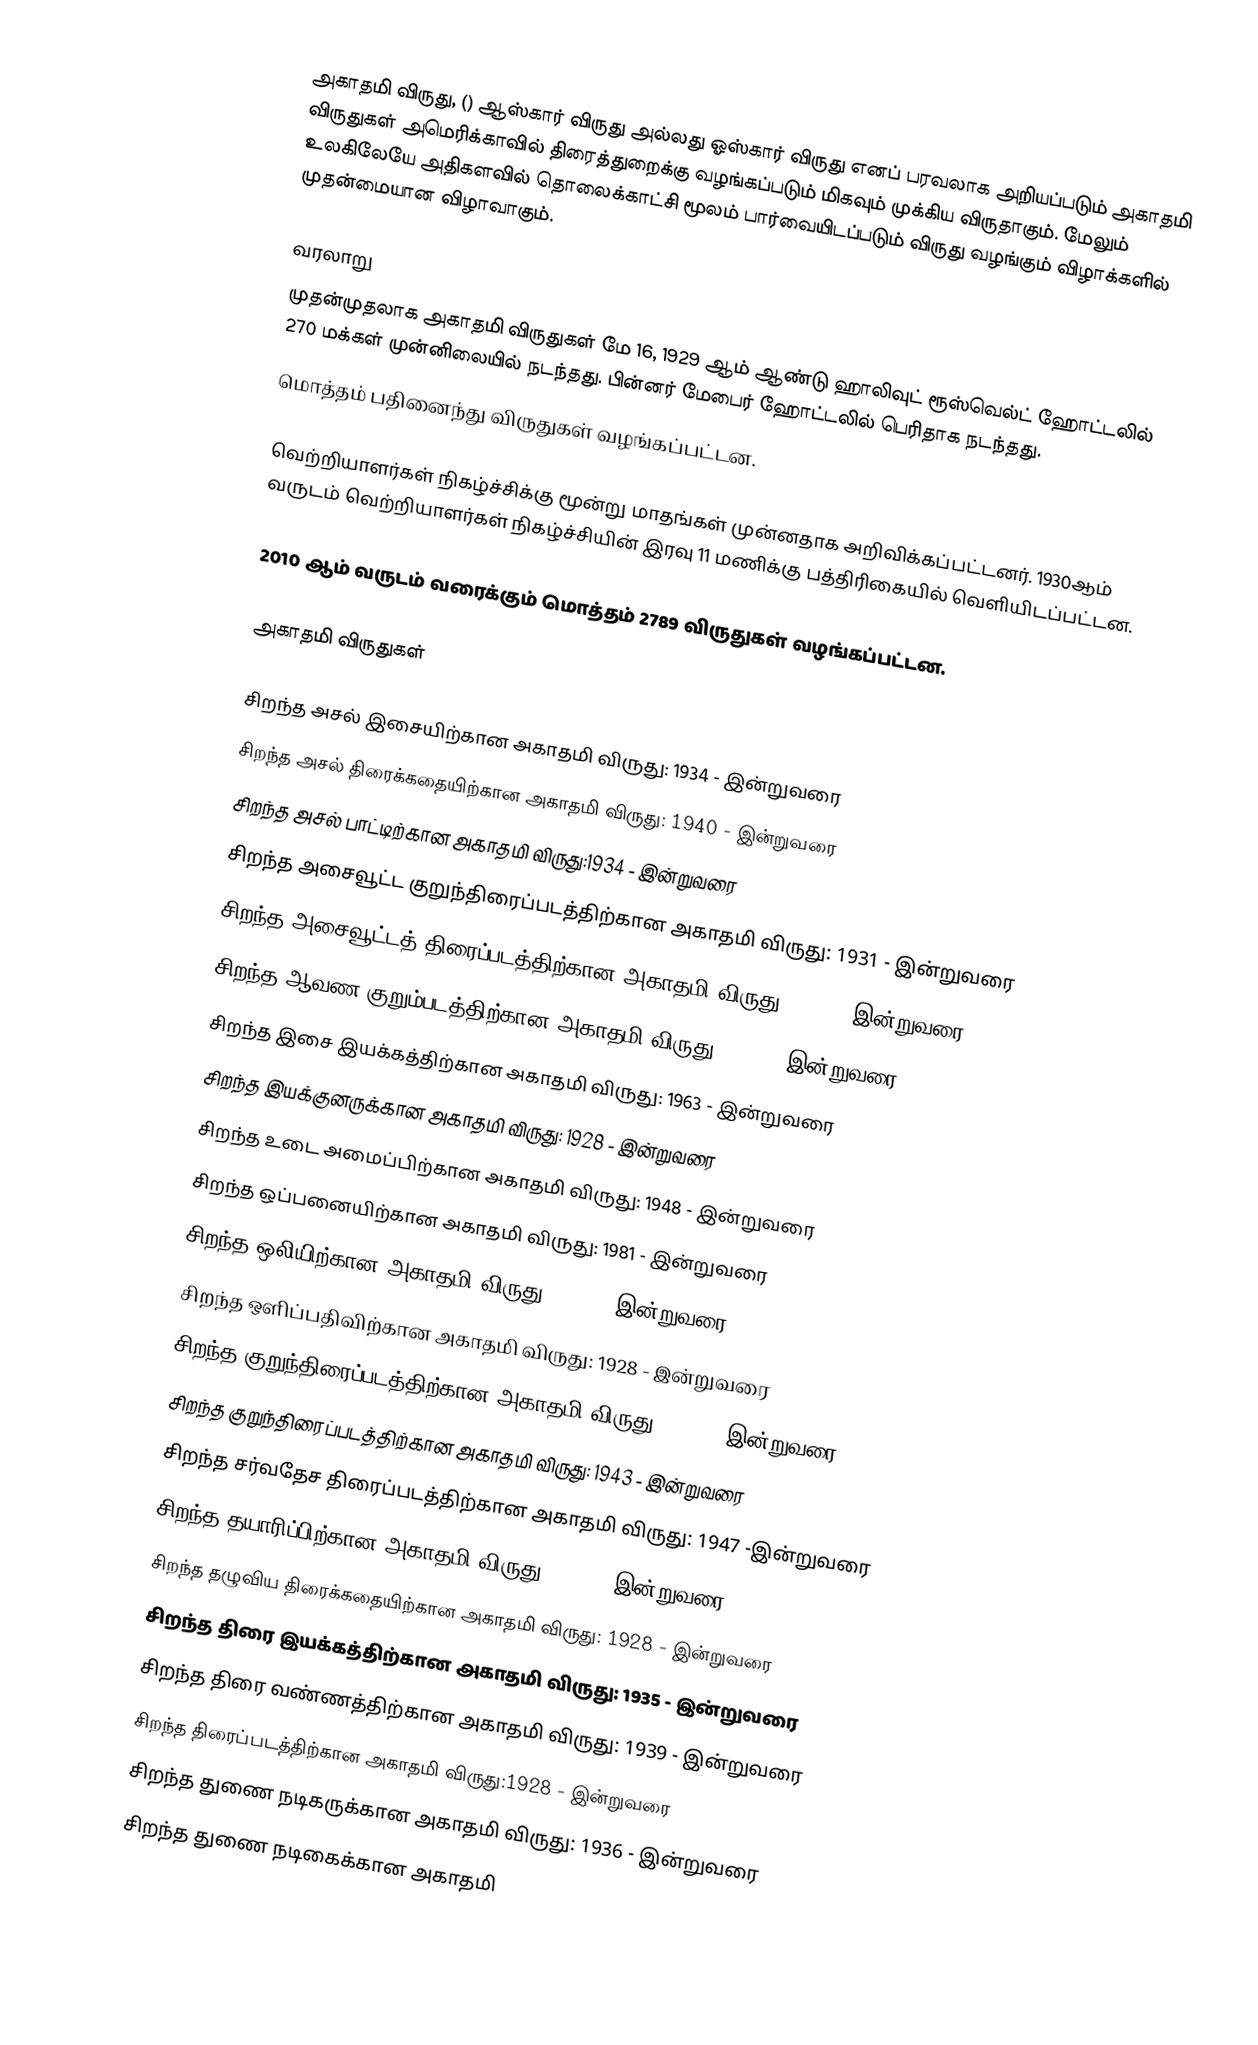
அகாதமி விருது, () ஆஸ்கார் விருது அல்லது ஓஸ்கார் விருது எனப் பரவலாக அறியப்படும் அகாதமி விருதுகள் அமெரிக்காவில் திரைத்துறைக்கு வழங்கப்படும் மிகவும் முக்கிய விருதாகும். மேலும் உலகிலேயே அதிகளவில் தொலைக்காட்சி மூலம் பார்வையிடப்படும் விருது வழங்கும் விழாக்களில் முதன்மையான விழாவாகும்.

வரலாறு
முதன்முதலாக அகாதமி விருதுகள் மே 16, 1929 ஆம் ஆண்டு ஹாலிவுட் ரூஸ்வெல்ட் ஹோட்டலில் 270 மக்கள் முன்னிலையில் நடந்தது. பின்னர் மேபைர் ஹோட்டலில் பெரிதாக நடந்தது.
மொத்தம் பதினைந்து விருதுகள் வழங்கப்பட்டன.

வெற்றியாளர்கள் நிகழ்ச்சிக்கு மூன்று மாதங்கள் முன்னதாக அறிவிக்கப்பட்டனர். 1930ஆம் வருடம் வெற்றியாளர்கள் நிகழ்ச்சியின் இரவு 11 மணிக்கு பத்திரிகையில் வெளியிடப்பட்டன.

2010 ஆம் வருடம் வரைக்கும் மொத்தம் 2789 விருதுகள் வழங்கப்பட்டன.

அகாதமி விருதுகள்

 சிறந்த அசல் இசையிற்கான அகாதமி விருது: 1934 - இன்றுவரை
 சிறந்த அசல் திரைக்கதையிற்கான அகாதமி விருது: 1940 - இன்றுவரை
 சிறந்த அசல் பாட்டிற்கான அகாதமி விருது:1934 - இன்றுவரை
 சிறந்த அசைவூட்ட குறுந்திரைப்படத்திற்கான அகாதமி விருது: 1931 - இன்றுவரை
 சிறந்த அசைவூட்டத் திரைப்படத்திற்கான அகாதமி விருது: 2001 - இன்றுவரை
 சிறந்த ஆவண குறும்படத்திற்கான அகாதமி விருது: 1941 - இன்றுவரை
 சிறந்த இசை இயக்கத்திற்கான அகாதமி விருது: 1963 - இன்றுவரை
 சிறந்த இயக்குனருக்கான அகாதமி விருது: 1928 - இன்றுவரை
 சிறந்த உடை அமைப்பிற்கான அகாதமி விருது: 1948 - இன்றுவரை
 சிறந்த ஒப்பனையிற்கான அகாதமி விருது: 1981 - இன்றுவரை
 சிறந்த ஒலியிற்கான அகாதமி விருது: 1930 - இன்றுவரை
 சிறந்த ஒளிப்பதிவிற்கான அகாதமி விருது: 1928 - இன்றுவரை
 சிறந்த குறுந்திரைப்படத்திற்கான அகாதமி விருது: 1931 - இன்றுவரை
 சிறந்த குறுந்திரைப்படத்திற்கான அகாதமி விருது: 1943 - இன்றுவரை
 சிறந்த சர்வதேச திரைப்படத்திற்கான அகாதமி விருது: 1947 -இன்றுவரை
 சிறந்த தயாரிப்பிற்கான அகாதமி விருது: 1928 - இன்றுவரை
 சிறந்த தழுவிய திரைக்கதையிற்கான அகாதமி விருது: 1928 - இன்றுவரை
 சிறந்த திரை இயக்கத்திற்கான அகாதமி விருது: 1935 - இன்றுவரை
 சிறந்த திரை வண்ணத்திற்கான அகாதமி விருது: 1939 - இன்றுவரை
 சிறந்த திரைப்படத்திற்கான அகாதமி விருது:1928 - இன்றுவரை
 சிறந்த துணை நடிகருக்கான அகாதமி விருது: 1936 - இன்றுவரை
 சிறந்த துணை நடிகைக்கான அகாதமி